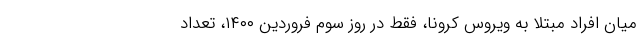
میان افراد مبتلا به ویروس کرونا، فقط در روز سوم فروردین ۱۴۰۰، تعداد